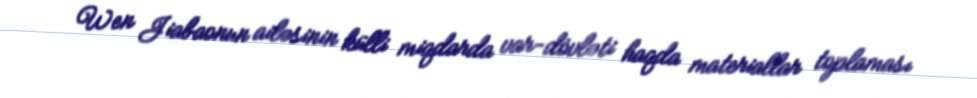
Wen Jiabaonun ailəsinin külli miqdarda var-dövləti haqda materiallar toplaması